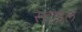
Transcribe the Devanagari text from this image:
स्‍टाइल